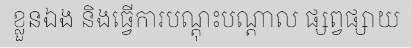
ខ្លួនឯង និងធ្វើការបណ្តុះបណ្តាល ផ្សព្វផ្សាយ